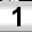
Digit: 1